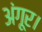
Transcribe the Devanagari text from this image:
अंगूर।